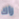
راك